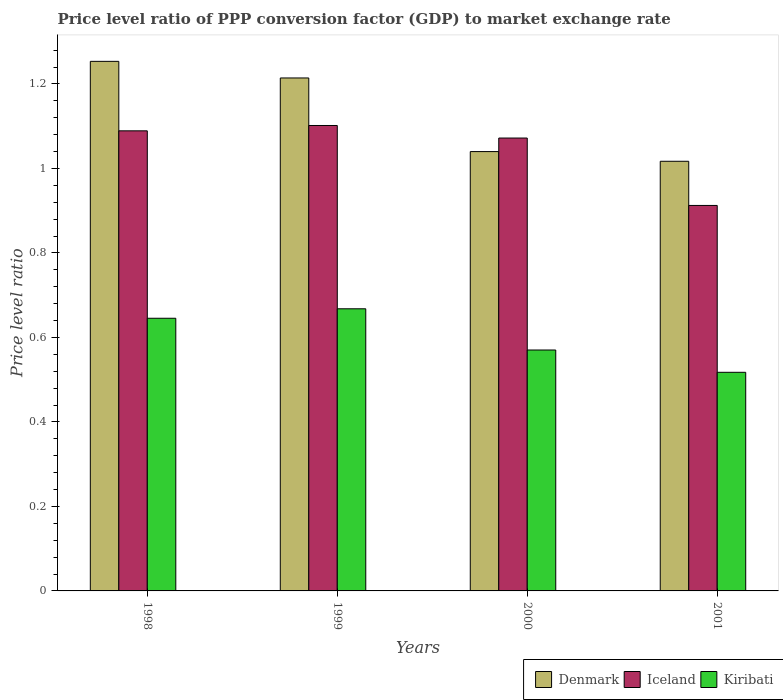
| Years | Denmark | Iceland | Kiribati |
 | --- | --- | --- | --- |
 | 1998 | 1.25 | 1.09 | 0.645 |
 | 1999 | 1.21 | 1.1 | 0.668 |
 | 2000 | 1.04 | 1.07 | 0.57 |
 | 2001 | 1.02 | 0.912 | 0.517 |